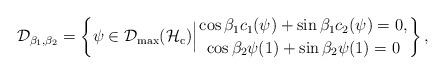
LaTeX: \begin{align*}\mathcal{D}_{\beta_1,\beta_2}=\left\{\psi\in \mathcal{D}_{\mathrm{max}}(\mathcal{H}_{\mathrm{c}})\Big| {\cos\beta_1c_1(\psi)+\sin\beta_1c_2(\psi)=0,\atop \cos\beta_2\psi(1)+\sin\beta_2\psi(1)=0}\right\},\end{align*}